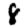
Digit: 8